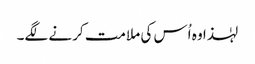
‏ لہٰذا وہ اُس کی ملامت کرنے لگے۔